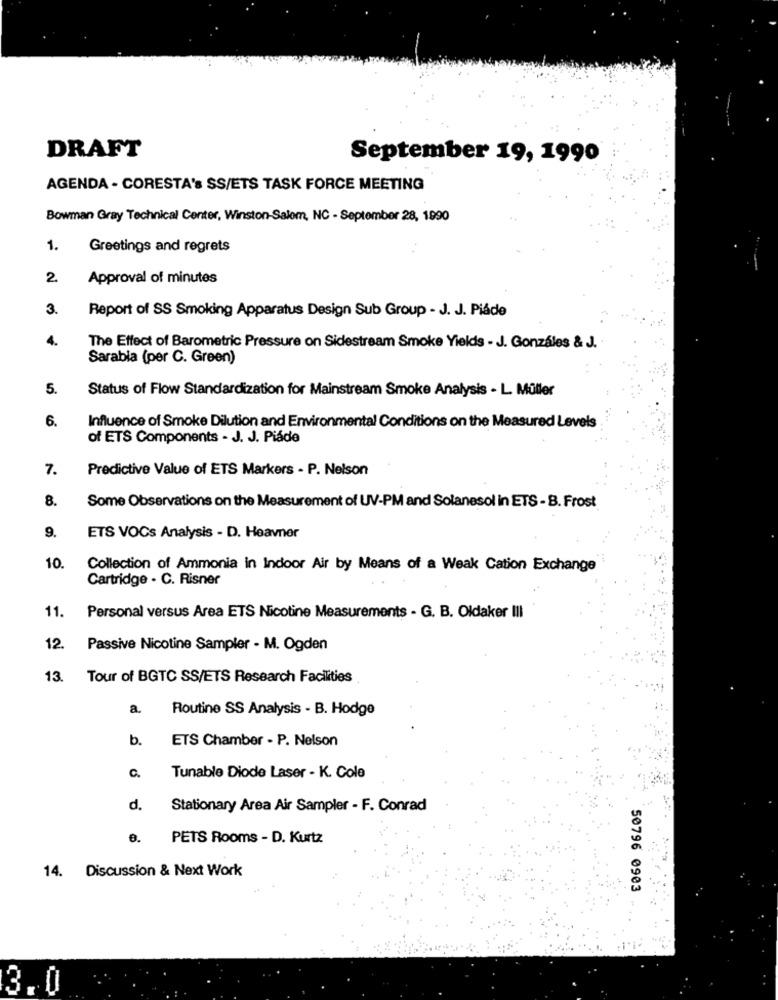
DRAFT
September 19, 1990
AGENDA - CORESTA's SS/ETS TASK FORCE MEETING
Bowman Gray Technical Center, Winston-Salem, NC - September 28, 1990
1.
Greetings and regrets
2.
Approval of minutes
3.
Report of SS Smoking Apparatus Design Sub Group - J. J. Piáde
4.
The Effect of Barometric Pressure on Sidestream Smoke Yields - J. Gonzáles & J.
Sarabia (per C. Green)
5.
Status of Flow Standardization for Mainstream Smoke Analysis - L. Müller
6.
Influence of Smoke Dilution and Environmental Conditions on the Measured Levels
of ETS Components - J. J. Piáde
7.
Predictive Value of ETS Markers - P. Nelson
8.
Some Observations on the Measurement of UV-PM and Solanesol in ETS - B. Frost
9.
ETS VOCs Analysis - D. Heavner
10.
Collection of Ammonia in Indoor Air by Means of a Weak Cation Exchange
Cartridge . C. Risner
11.
Personal versus Area ETS Nicotine Measurements - G. B. Oldaker III
12.
Passive Nicotine Sampler - M. Ogden
13.
Tour of BGTC SS/ETS Research Facilities
a.
Routine SS Analysis - B. Hodge
b.
ETS Chamber - P. Nelson
c.
Tunable Diode Laser - K. Cole
d.
Stationary Area Air Sampler - F. Conrad
PETS Rooms - D. Kurtz
14. Discussion & Next Work
50796 0903
3.0